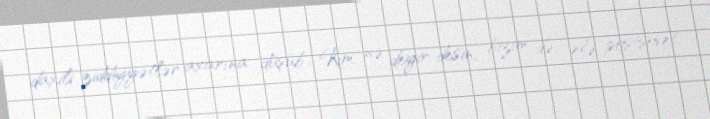
daxili ziddiyyətlər axarına düşüb... Kim nə deyir-desin, bizim də, elə postsovet